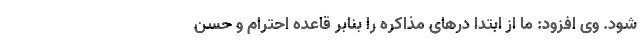
شود. وی افزود: ما از ابتدا درهای مذاکره را بنابر قاعده احترام و حسن